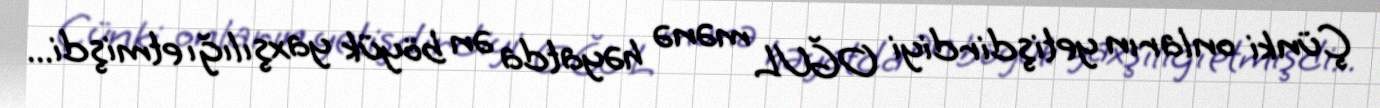
Çünki onların yetişdirdiyi OĞUL mənə həyatda ən böyük yaxşılığı etmişdi...